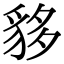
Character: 𧳁